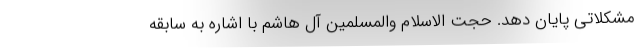
مشکلاتی پایان دهد. حجت الاسلام والمسلمین آل هاشم با اشاره به سابقه